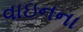
વાઇનના